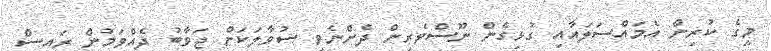
މީގެ ކުރިން އެމައްސަލައާއި ގުޅިގެން ނޫސްވެރިން ދެންނެވި ސުވާލަކަށް ޖަވާބު ދެއްވަމުން ރައީސް